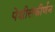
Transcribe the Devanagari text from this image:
पेशीसंकीर्णन